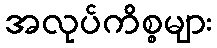
အလုပ်ကိစ္စများ